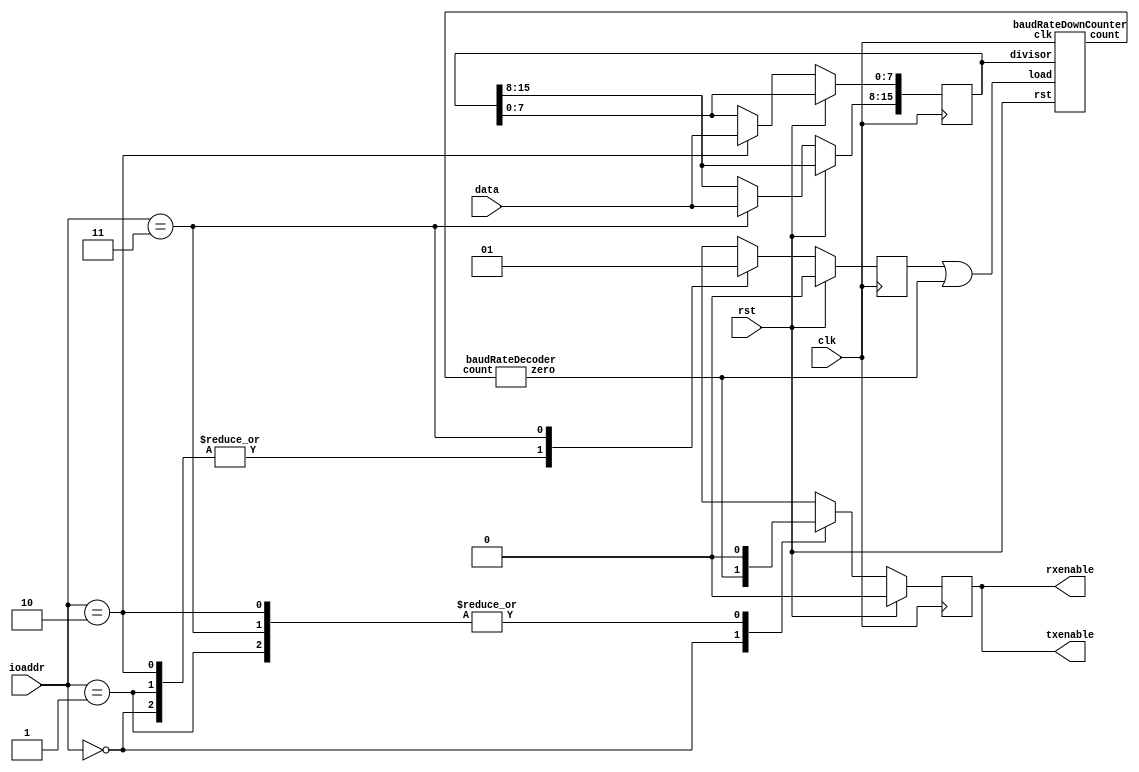
module baudRateGenerator(
    input clk,
    input rst,
    input [7:0] data,
    input [1:0] ioaddr,

    output rxenable,
    output txenable
    );

	reg enable;
	reg [15:0] divisor;

	reg setCounter;
	wire loadCounter;
	wire counterZero;
	wire [15:0] count;
	
	assign loadCounter = setCounter | counterZero;

	baudRateDownCounter dc0(
		// in
		.clk(clk),
		.rst(rst),
		.divisor(divisor),
		.load(loadCounter),
		// out
		.count(count)
	);

	baudRateDecoder dec0(
		//in
		.count(count),
		// out
		.zero(counterZero)
	);

	always @(posedge clk) begin
		if(rst) begin
			enable <= 0;
			setCounter <= 0;
		end else begin
			setCounter <= 1;
			
			case (ioaddr)
				2'b00: begin // transmit buffer
					enable <= counterZero;
					setCounter <= 0;
				end
				2'b01: begin // status register
					enable <= 0;
					setCounter <= 0;
				end
				2'b10: begin // low divisor
					divisor[7:0] <= data;
					enable <= 0;
					setCounter <= 0;
				end
				2'b11: begin // high divisor
					divisor[15:8] <= data;
					enable <= 0;
					setCounter <= 1;
				end

			endcase

		end

	end

	assign rxenable = enable;
	assign txenable = enable;

endmodule

module baudRateDownCounter(
	input clk,
	input rst,
	input [15:0] divisor,
	input load,

	output reg [15:0] count
	);

	always @(posedge clk) begin
		if(rst)
			count <= 16'b0000000000000000;
		else
			count <= load ? divisor : count - 1;
	end

endmodule


module baudRateDecoder(
	input [15:0] count,

	output zero
	);

	assign zero = count == 0;

endmodule


module t_baudRateGenerator();
	
	reg clk, rst;
	reg [7:0] data;
	reg [1:0] ioaddr;
	wire rxenable;
	wire txenable;
	
	baudRateGenerator brg(
		.clk(clk),
		.rst(rst),
		.data(data),
		.ioaddr(ioaddr),

		.rxenable(rxenable),
		.txenable(txenable)
    );
	
	reg [15:0] divisor;
	wire [15:0] count;
	reg loadCounter;
	
	baudRateDownCounter brc(
		.clk(clk),
		.rst(rst),
		.load(loadCounter),
		.divisor(divisor),
		.count(count)
    );
	
	
	initial begin
	
		clk = 0;
		rst = 1;
		#10;
		rst = 0;
		
		loadCounter = 1;
		divisor = 8;
		ioaddr = 2'b10;
		data = 8'b00000111;
		#10;
		loadCounter = 0;
		ioaddr = 2'b11;
		data = 8'b00000000;
		#10;
		$display("divisor %d", brc.count);
		$display("counter %b", brc.count);
		ioaddr = 2'b00;
		
		repeat(50) begin
			$display("counter %b", brg.dc0.count);
			#10;
		end
		
		
		$finish();
	
	end
	
	
	always @(posedge rxenable or negedge rxenable) begin
		$display("enable: %d", rxenable);
	end
	
	always begin
		#5 clk = !clk;
	end

endmodule